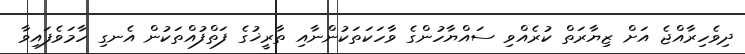
ދިވެހިރާއްޖެ އަށް ޒިޔާރަތް ކުރެއްވި ސައްޔާހުންގެ ވާހަކަތަކުންނާއި ތާރީޚުގެ ފަތްފުއްތަކުން އެނގި ހާމަވެފައިވާ